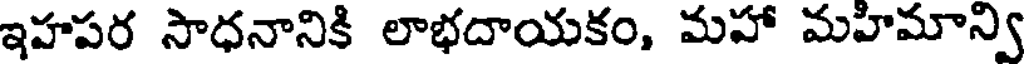
ఇహపర సాధనానికి లాభదాయకం, మహా మహిమాన్వి